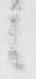
候